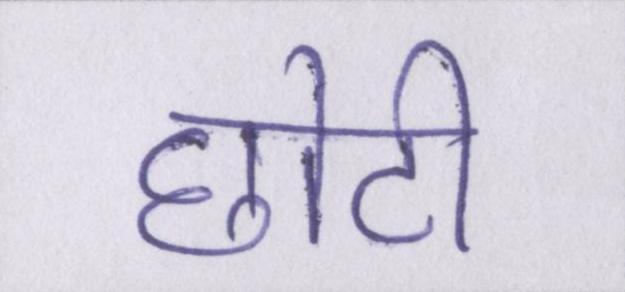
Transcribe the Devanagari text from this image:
छोटी